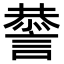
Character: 𧫃